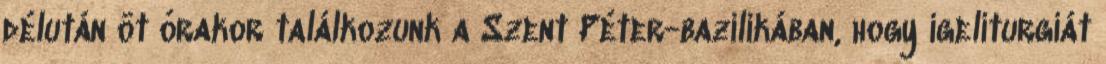
délután öt órakor találkozunk a Szent Péter-bazilikában, hogy igeliturgiát